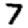
Digit: 7